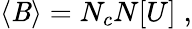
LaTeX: \langle\mathit{B}\rangle=N_{c}N[U]\; ,